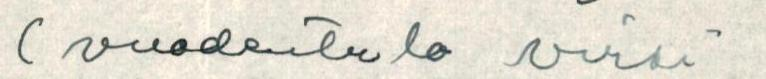
( vuodentulo virsi